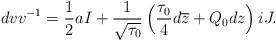
\begin{align*}dvv^{-1}=\frac{1}{2}aI+\frac{1}{\sqrt{\tau_0}}\left(\frac{\tau_0}{4}d\overline{z}+Q_0dz\right)iJ.\end{align*}